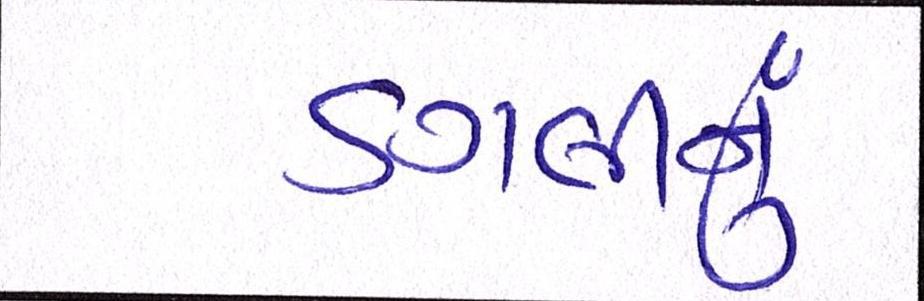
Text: ડગલીનું